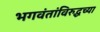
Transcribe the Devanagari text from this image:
भगवंतांविरुद्धच्या